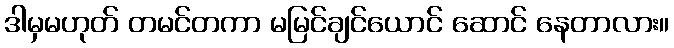
ဒါမှမဟုတ် တမင်တကာ မမြင်ချင်ယောင် ဆောင် နေတာလား။